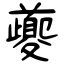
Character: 夔